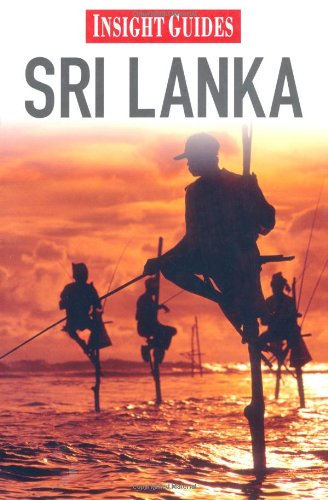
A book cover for Sri Lanka (Insight Guides); Insight Guides; Travel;